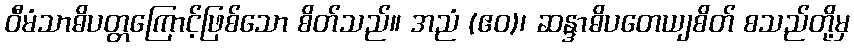
ဝီမံသာဓိပတ္တကြောင့်ဖြစ်သော စိတ်သည်။ အညံ (ဧဝ)၊ ဆန္ဒာဓိပတေယျစိတ် စသည်တို့မှ